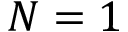
N = 1